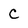
Character: C